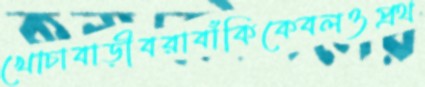
খোচাবাড়ীবরাবাঁকিকেবলওপ্রথ